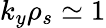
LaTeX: k_{y}\rho_{s}\simeq 1